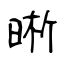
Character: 晰